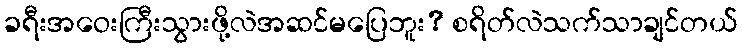
ခရီးအဝေးကြီးသွားဖို့လဲအဆင်မပြေဘူး? စရိတ်လဲသက်သာချင်တယ်